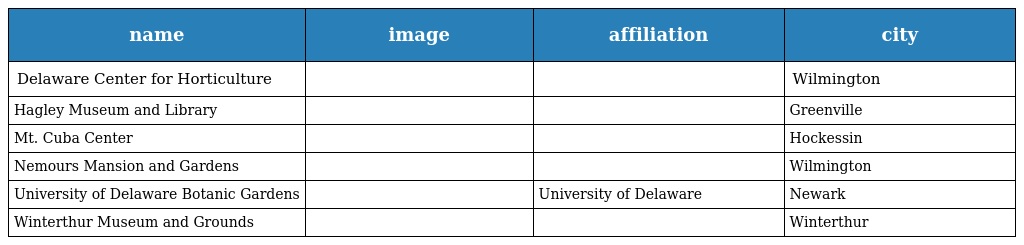
| name | image | affiliation | city |
 | --- | --- | --- | --- |
 | Delaware Center for Horticulture |  |  | Wilmington |
 | Hagley Museum and Library |  |  | Greenville |
 | Mt. Cuba Center |  |  | Hockessin |
 | Nemours Mansion and Gardens |  |  | Wilmington |
 | University of Delaware Botanic Gardens |  | University of Delaware | Newark |
 | Winterthur Museum and Grounds |  |  | Winterthur |